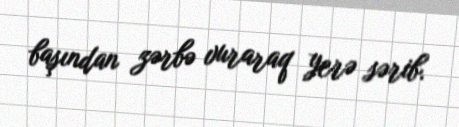
başından zərbə vuraraq yerə sərib.